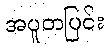
အပူတပြင်း